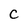
Character: C